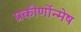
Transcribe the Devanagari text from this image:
प्रकीर्णोन्मेष